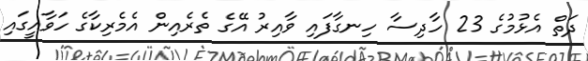
ދަތް އެޅުމުގެ 23 ހާދިސާ ހިނގާފައި ވާއިރު އޭގެ ތެރެއިން އެމެރިކާގެ ހަވާއީގައި